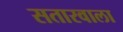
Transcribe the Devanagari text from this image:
सतारवाला